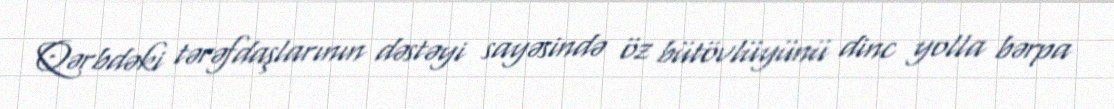
Qərbdəki tərəfdaşlarının dəstəyi sayəsində öz bütövlüyünü dinc yolla bərpa